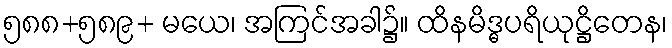
၅၈၈+၅၈၉+ မယေ၊ အကြင်အခါ၌။ ထိနမိဒ္ဓပရိယုဋ္ဌိတေန၊